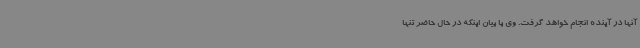
آنها در آینده انجام خواهد گرفت. وی با بیان اینکه در حال حاضر تنها